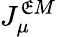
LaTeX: J_{\mu}^{\mathfrak{E}M}